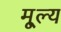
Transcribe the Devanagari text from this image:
मू्ल्य